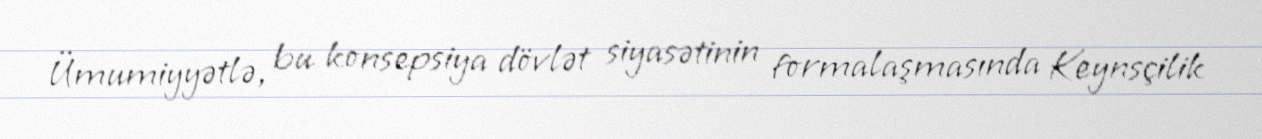
Ümumiyyətlə, bu konsepsiya dövlət siyasətinin formalaşmasında Keynsçilik